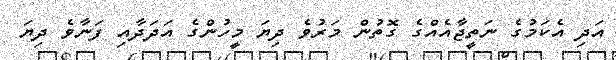
އަދި އެކަމުގެ ނަތީޖާއެއްގެ ގޮތުން މަރުވެ ދިޔަ މީހުންގެ އަދަދާއި ފަނާވެ ދިޔަ